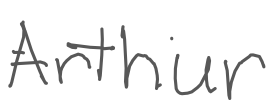
Text: Arthur
Cross-out: clean
Writing tool: digital_gray